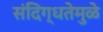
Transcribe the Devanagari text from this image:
संदिग्धतेमुळे